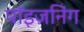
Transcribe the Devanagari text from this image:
पॉइज़निंग